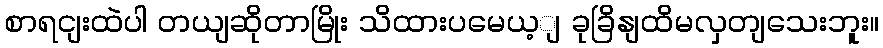
စာရငျးထဲပါ တယျဆိုတာမြိုး သိထားပမေယ့ျ ခုခြိနျထိမလှတျသေးဘူး။